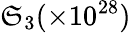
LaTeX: \mathfrak{S}_{3}(\times10^{28})